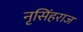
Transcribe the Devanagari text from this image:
नृसिंहराज